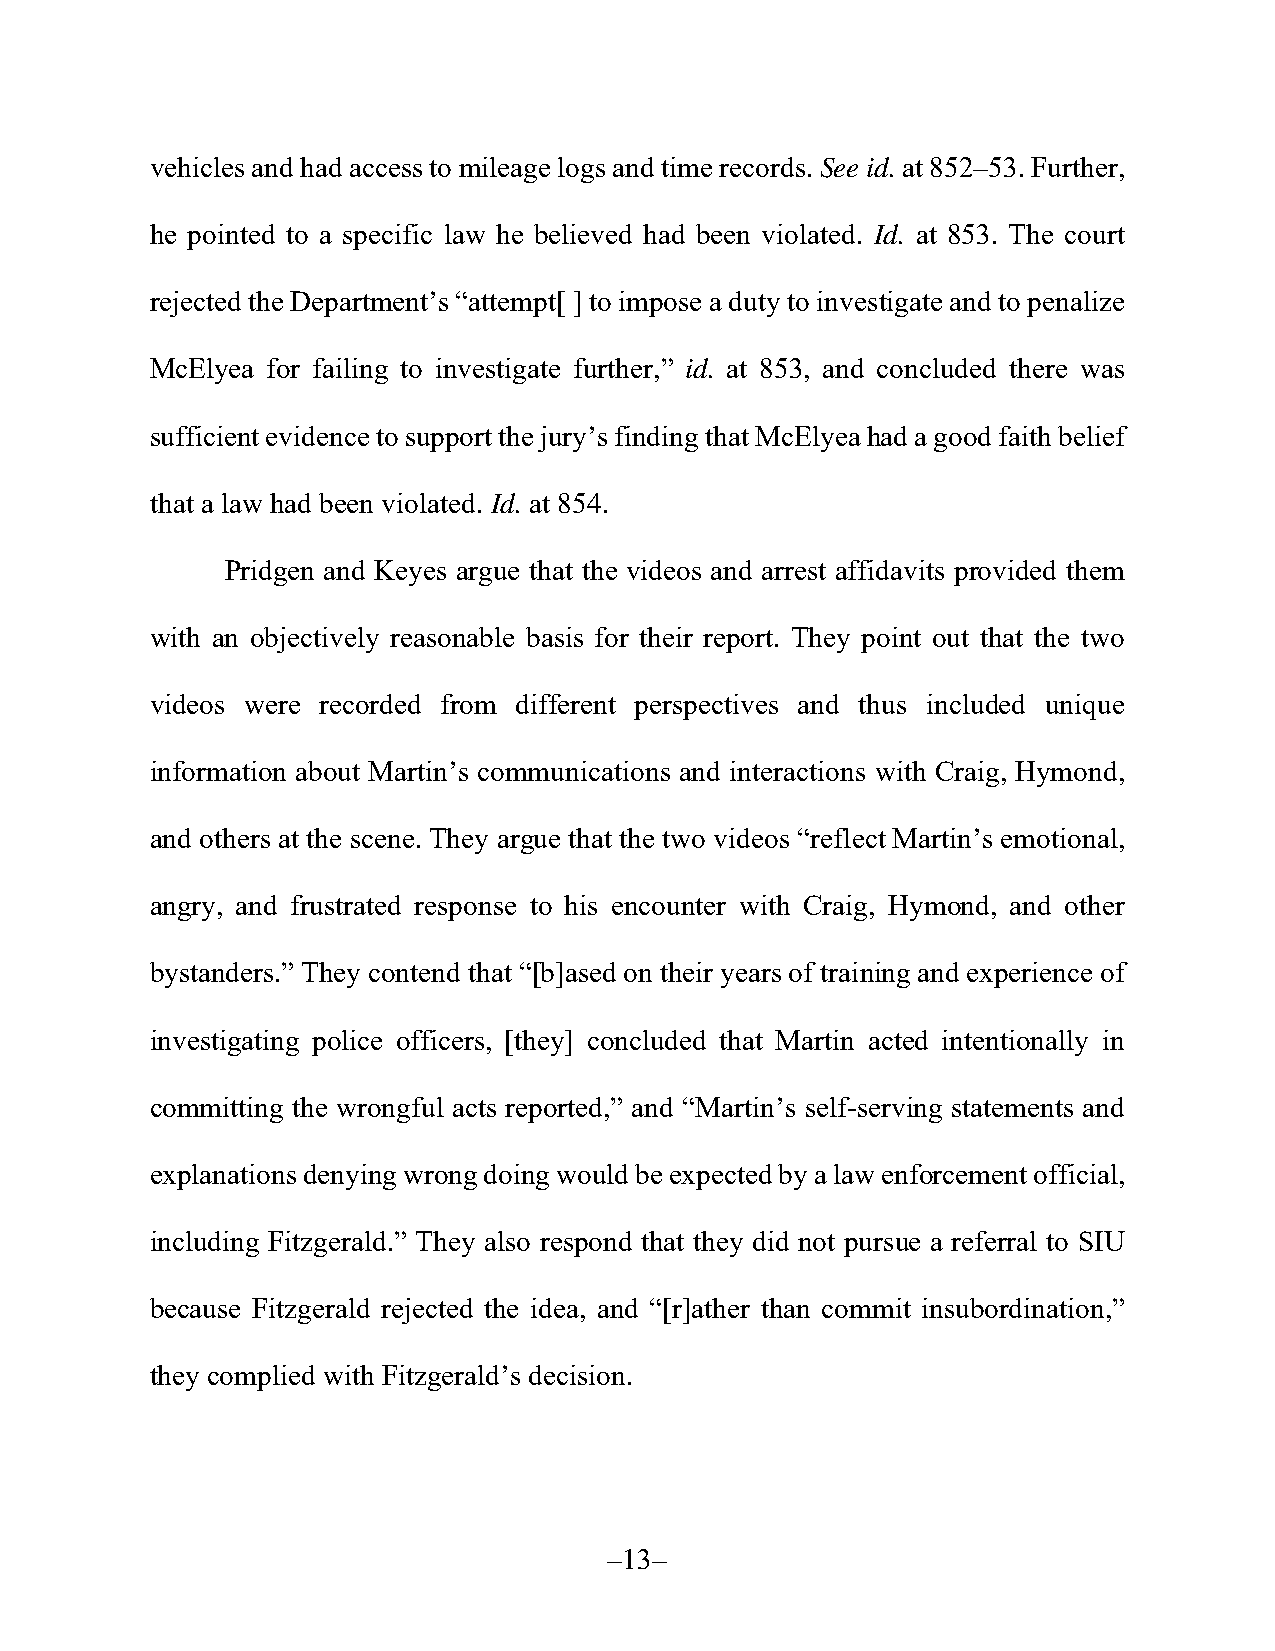
vehicles and had access to mileage logs and time records. See id. at 852–53. Further,
 he pointed to a specific law he believed had been violated. Id. at 853. The court
 rejected the Department’s “attempt[ ] to impose a duty to investigate and to penalize
 McElyea for failing to investigate further,” id. at 853, and concluded there was
 sufficient evidence to support the jury’s finding that McElyea had a good faith belief
 that a law had been violated. Id. at 854.
 Pridgen and Keyes argue that the videos and arrest affidavits provided them
 with an objectively reasonable basis for their report. They point out that the two
 videos were recorded from different perspectives and thus included unique
 information about Martin’s communications and interactions with Craig, Hymond,
 and others at the scene. They argue that the two videos “reflect Martin’s emotional,
 angry, and frustrated response to his encounter with Craig, Hymond, and other
 bystanders.” They contend that “[b]ased on their years of training and experience of
 investigating police officers, [they] concluded that Martin acted intentionally in
 committing the wrongful acts reported,” and “Martin’s self-serving statements and
 explanations denying wrong doing would be expected by a law enforcement official,
 including Fitzgerald.” They also respond that they did not pursue a referral to SIU
 because Fitzgerald rejected the idea, and “[r]ather than commit insubordination,”
 they complied with Fitzgerald’s decision.
 –13–